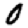
Digit: 0